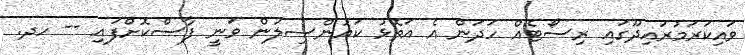
ވައިކަރަމުރައިދޫގައި ރިސޯޓެއް ހަދަން އެ އަތޮޅު ކައުންސިލުން ވަނީ ފާސްކޮށްފައި -- ހދ.